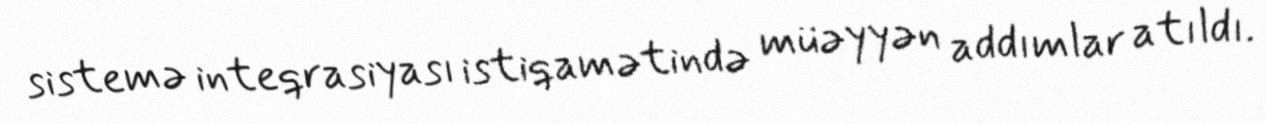
sistemə inteqrasiyası istiqamətində müəyyən addımlar atıldı.